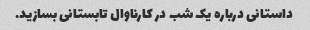
داستانی درباره یک شب در کارناوال تابستانی بسازید.